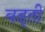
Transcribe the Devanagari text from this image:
बढ्ती